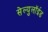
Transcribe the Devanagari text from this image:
सेल्युलॉईड